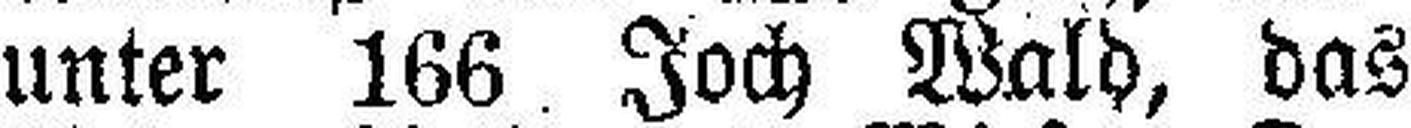
unter 166. Joch Wald, das